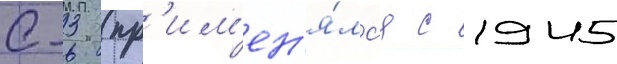
с-3 (пр'им'ен'я́лс'я с 1945